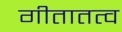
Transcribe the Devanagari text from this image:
गीतातत्व